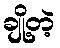
ချို့တဲ့